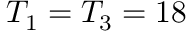
T _ { 1 } = T _ { 3 } = 1 8